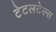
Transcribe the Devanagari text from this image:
टेटलटेल्स